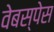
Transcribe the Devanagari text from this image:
वेबस्पेस